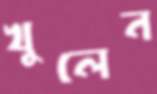
খুলেন